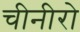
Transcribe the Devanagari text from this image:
चीनीरो